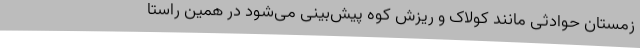
زمستان حوادثی مانند کولاک و ریزش کوه پیش‌بینی‌ می‌شود در همین راستا